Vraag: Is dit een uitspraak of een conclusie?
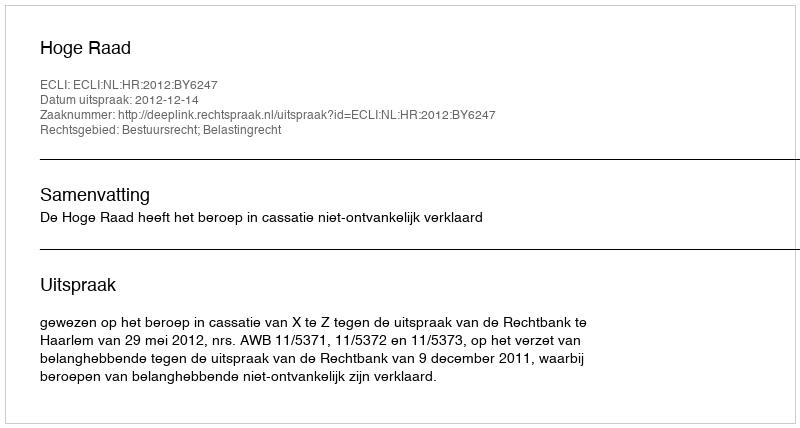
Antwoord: Uitspraak